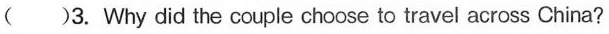
( )3. Why did the couple choose to travel across China?